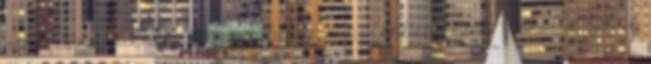
vendégeskedik itt a kínzók kínzója, különben hamar pokollá tenné